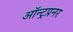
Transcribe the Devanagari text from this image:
ऑन्ट्रप्रनर